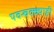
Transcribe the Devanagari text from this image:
पवन्चक्क्याही